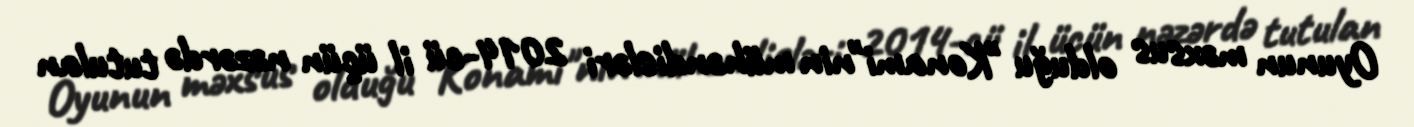
Oyunun məxsus olduğu "Konami"nin mühəndisləri 2014-cü il üçün nəzərdə tutulan